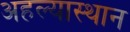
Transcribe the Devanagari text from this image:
अहल्यास्थान